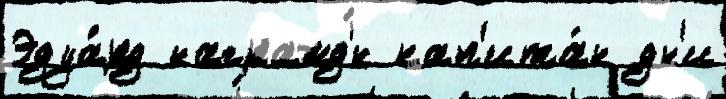
Эдуа́рд награжд'́н кап'ита́н дн'и